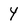
Character: Y